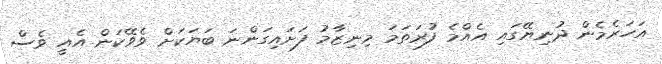
އަހަރެމެން ދުނިޔޭގައި އެއްމެ ފުރަތަމަ މިނިޒާމު ފަށައިގަންނަ ބަޔަކަށް ވެވޭކަން އެއީ ވެސް